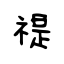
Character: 禔